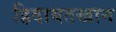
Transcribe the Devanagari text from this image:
हिदायतखान